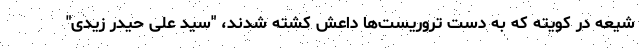
شیعه در کویته که به دست تروریست‌ها داعش کشته شدند، "سید علی حیدر زیدی"